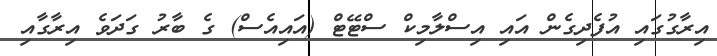
އިރާގުގައި އުފެދިގެން އައި އިސްލާމިކް ސްޓޭޓް (އައިއެސް) ގެ ބާރު ގަދަވެ އިރާގާއި